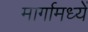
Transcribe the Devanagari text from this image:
मार्गामध्यें